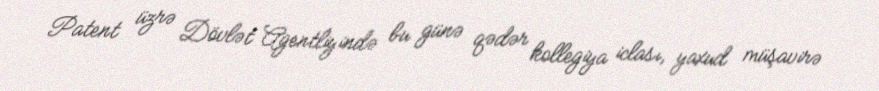
Patent üzrə Dövlət Agentliyində bu günə qədər kollegiya iclası, yaxud müşavirə